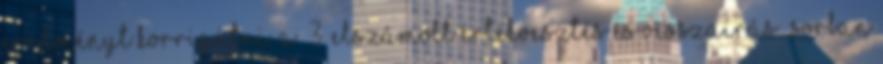
eredményt korrigálni. a “3. Elszámolt értékvesztés és visszaírás” sorban